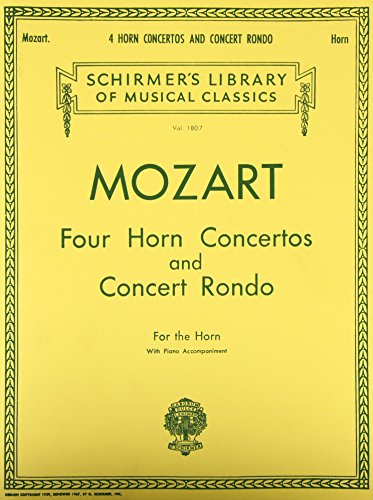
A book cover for Four Horn Concertos and Concert Rondo; Amadeus Mozart Wolfgang; Humor & Entertainment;